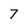
Character: 7